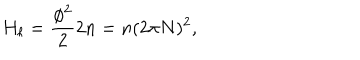
LaTeX: H _ { \ell } = \frac { \phi ^ { 2 } } { 2 } 2 n = n ( 2 \pi N ) ^ { 2 } ,